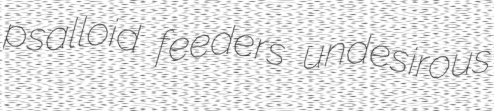
psalloid feeders undesirous